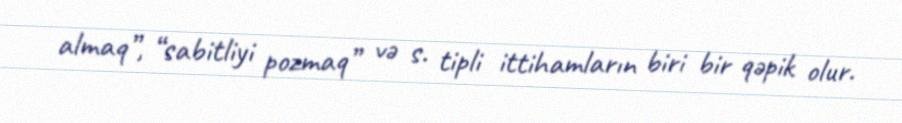
almaq”, “sabitliyi pozmaq” və s. tipli ittihamların biri bir qəpik olur.